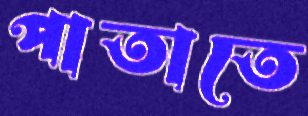
পাতাতে